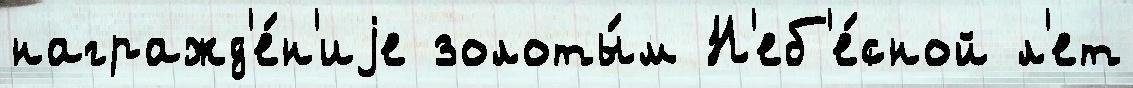
награжд'е́н'иjе золоты́м Н'еб'е́сной л'ет